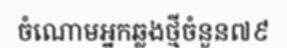
ចំណោមអ្នកឆ្លងថ្មីចំនួន៧៩